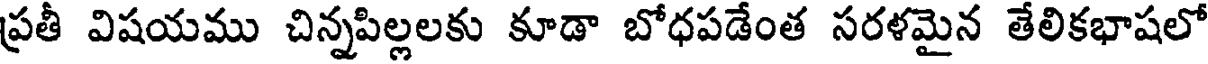
ప్రతీ విషయము చిన్నపిల్లలకు కూడా బోధపడేంత సరళమైన తేలికభాషలో